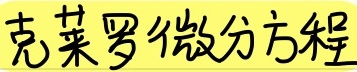
克莱罗微分方程